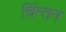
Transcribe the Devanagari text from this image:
चिंन्तन